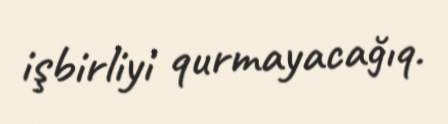
işbirliyi qurmayacağıq.